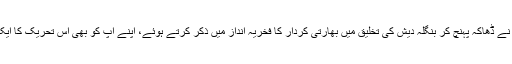
وزیراعظم نریندر مودی نے ڈھاکہ پہنچ کر بنگلہ دیش کی تخلیق میں بھارتی کردار کا فخریہ انداز میں ذکر کرتے ہوئے، اپنے آپ کو بھی اس تحریک کا ایک ''مجاہد‘‘ قرار دے ڈالا۔